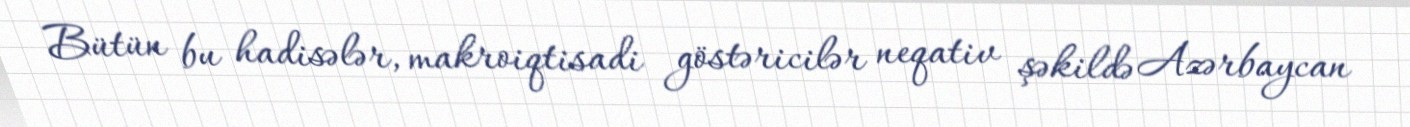
Bütün bu hadisələr, makroiqtisadi göstəricilər neqativ şəkildə Azərbaycan